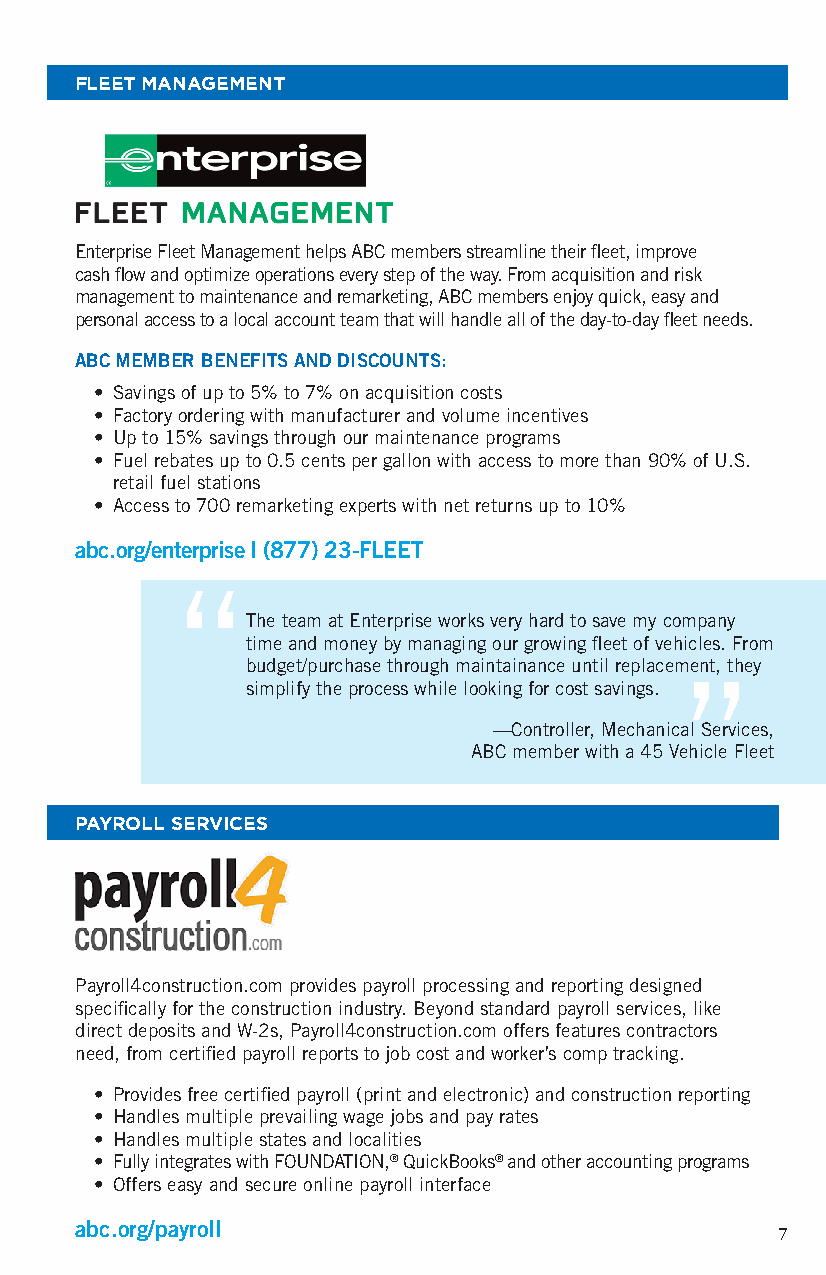
FLEET MANAGEMENT
 Enterprise Fleet Management helps ABC members streamline their fleet, improve
 cash flow and optimize operations every step of the way. From acquisition and risk
 management to maintenance and remarketing, ABC members enjoy quick, easy and
 personal access to a local account team that will handle all of the day-to-day fleet needs.
 ABC MEMBER BENEFITS AND DISCOUNTS:
 • Savings of up to 5% to 7% on acquisition costs
 • Factory ordering with manufacturer and volume incentives
 • Up to 15% savings through our maintenance programs
 • Fuel rebates up to 0.5 cents per gallon with access to more than 90% of U.S.
 retail fuel stations
 • Access to 700 remarketing experts with net returns up to 10%
 abc.org/enterprise | (877) 23-FLEET
 “
 The team at Enterprise works very hard to save my company
 time and money by managing our growing fleet of vehicles. From
 budget/purchase through maintainance until replacement, they
 simplify the process while looking for cost savings. ”
 —Controller, Mechanical Services,
 ABC member with a 45 Vehicle Fleet
 PAYROLL SERVICES
 Payroll4construction.com provides payroll processing and reporting designed
 specifically for the construction industry. Beyond standard payroll services, like
 direct deposits and W-2s, Payroll4construction.com offers features contractors
 need, from certified payroll reports to job cost and worker’s comp tracking.
 • Provides free certified payroll (print and electronic) and construction reporting
 • Handles multiple prevailing wage jobs and pay rates
 • Handles multiple states and localities
 • Fully integrates with FOUNDATION,® QuickBooks® and other accounting programs
 • Offers easy and secure online payroll interface
 abc.org/payroll
 7